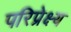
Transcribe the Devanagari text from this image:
परिप्रेक्ष्‍य